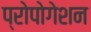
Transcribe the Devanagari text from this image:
प्रोपोगेशन